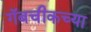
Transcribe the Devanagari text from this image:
गॅबचीकच्या